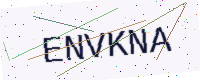
Text: ENVKNA